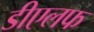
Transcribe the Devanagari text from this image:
डीएलफ